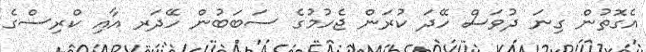
އެގޮތުން ގިނަ ދުވަސް ހޭދަ ކުރަން ޖެހުމުގެ ސަބަބުން ހޭދަރ އާއި ކްރިސްގެ